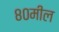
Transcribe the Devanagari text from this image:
८०मील